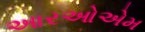
આરઓએમ